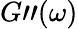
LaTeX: G"(\omega)